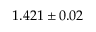
1 . 4 2 1 \pm 0 . 0 2